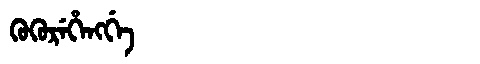
Manchu: ᡴᡠᡴᡠᡵᡝᡥᡝᠩᡤᡝ
Romanization: KUKUREHENGGE